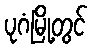
ပုဂံမြို့တွင်